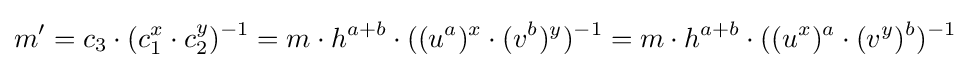
m'=c_{3}\cdot (c_{1}^{x}\cdot c_{2}^{y})^{-1}=m\cdot h^{a+b}\cdot ((u^{a})^{x}\cdot (v^{b})^{y})^{-1}=m\cdot h^{a+b}\cdot ((u^{x})^{a}\cdot (v^{y})^{b})^{-1}